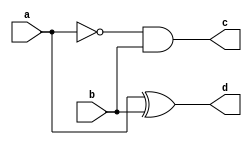
module halfsub(a,b,c,d);
input a,b;
output c,d;
assign c =~ a&b;
assign d =(a^b);
endmodule